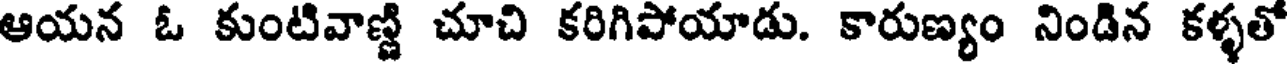
ఆయన ఓ కుంటివాణ్ణి చూచి కరిగిపోయాడు. కారుణ్యం నిండిన కళ్ళతో